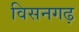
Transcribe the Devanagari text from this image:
विसनगढ़